Treatise on elephants
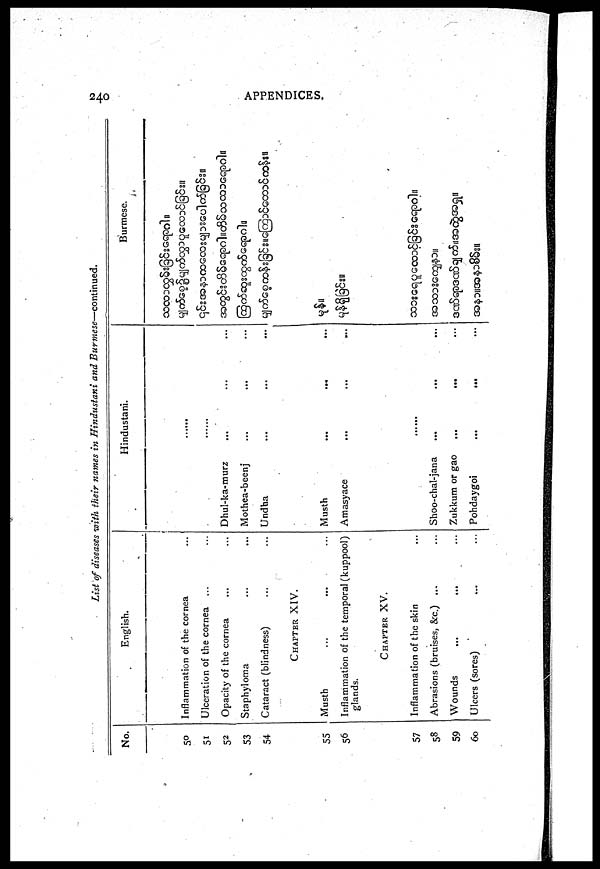
240
APPENDICES.
List of diseases with their names in Hindustani and Burmese—continued.
No.
50
51
52
53
54
55
56
57
58
59
60
English.
Inflammation of the cornea ...
Ulceration of the cornea ... ...
Opacity of the cornea ... ...
Staphyloma ... ...
Cataract (blindness) ... ...
CHAPTER
XIV.
Musth ... ... ...
Inflammation of the temporal (kuppool)
glands.
CHAPTER
XV.
Inflammation of the skin ...
Abrasions (bruises, &c.) ... ...
Wounds ... ... ...
Ulcers (sores) ... ...
Hindustani.
......
......
Dhul-ka-murz ... ... ...
Mothea-beenj ... ... ...
Undha ... ... ...
Musth ... ... ...
Amasyace ... ... ...
.........
Shoo-chal-jana ... ... ...
Zukkum or gao
...
...
...
Pohdaygoi
...
...
...
Burmese.